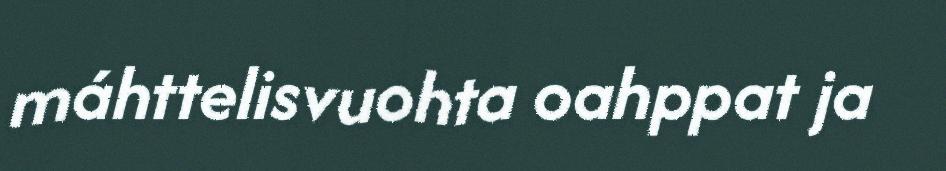
máhttelisvuohta oahppat ja